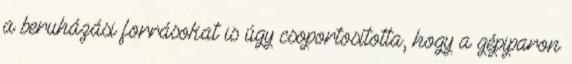
a beruházási forrásokat is úgy csoportosította, hogy a gépiparon